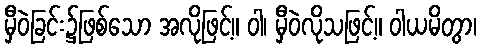
မှီဝဲခြင်း၌ဖြစ်သော အလိုဖြင့်။ ဝါ၊ မှီဝဲလိုသဖြင့်။ ဝါယမိတွာ၊